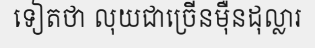
ទៀតថា លុយជាច្រើនម៉ឺនដុល្លារ